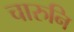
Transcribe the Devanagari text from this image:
चारुनि